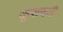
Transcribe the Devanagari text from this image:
दून्सबरी